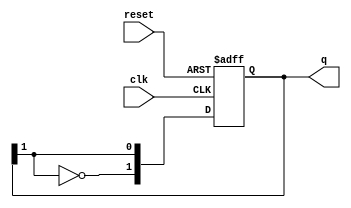
module JohnsonCounter #(
    parameter N = 2  // Parameter to define the width of the counter
)(
    input wire clk,          // Clock input
    input wire reset,        // Asynchronous reset input
    output reg [N-1:0] q     // Output of the counter
);

// Always block triggered on the rising edge of the clock or when reset is asserted
always @(posedge clk or posedge reset) begin
    if (reset) begin
        // Initialize the counter to 0 on reset
        q <= 0;
    end else begin
        // Johnson counter state transition
        q <= {~q[N-1], q[N-1:N-1]}; // Shift and feedback the inverted last bit
    end
end

endmodule